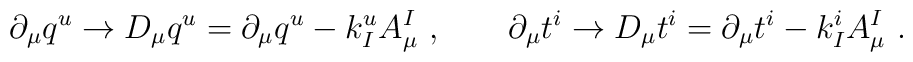
\partial_\mu q^u \to {D}_\mu q^u = \partial_\mu q^u - k_I^u A_\mu^I\ ,\qquad\partial_\mu  t^i \to {D}_\mu  t^i = \partial_\mu  t^i - k_I^i A_\mu^I\ .